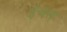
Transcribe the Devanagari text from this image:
इंचस